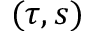
( \tau , s )